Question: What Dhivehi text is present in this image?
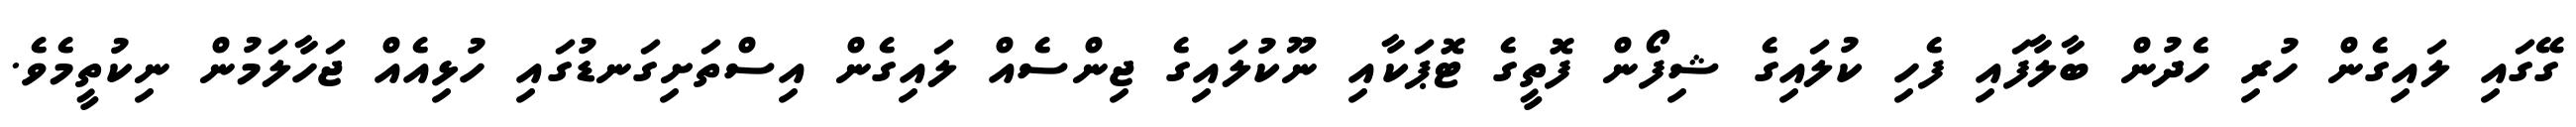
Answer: ގޭގައި ލައިގެން ހުރި ހެދުން ބާލާފައި ފެހި ކުލައިގެ ޝިފޯން ފޮތީގެ ޓޮޕަކާއި ނޫކުލައިގެ ޖިންސެއް ލައިގެން އިސްތަށިގަނޑުގައި ހުޅިއެއް ޖަހާލަމުން ނިކުތީމެވެ.